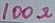
Text: 100Ω